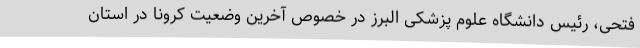
فتحی، رئیس دانشگاه علوم پزشکی البرز در خصوص آخرین وضعیت کرونا در استان